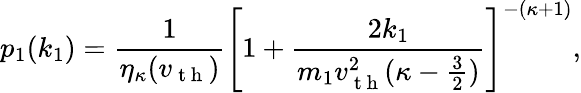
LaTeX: p_{1}(k_{1})=\frac{1}{\eta_{\kappa}(v_{\mathrm{~t~h~}})}\left[1+\frac{2k_{1}}{m_{1}v_{\mathrm{~t~h~}}^{2}(\kappa-\frac{3}{2})}\right]^{-(\kappa+1)},